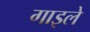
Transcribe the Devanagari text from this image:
गाइले